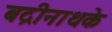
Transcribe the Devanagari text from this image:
बद्रीनाथके